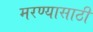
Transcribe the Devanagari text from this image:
मरण्यासाठी